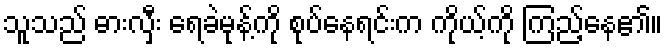
သူသည် ဓားလှီး ရေခဲမုန့်ကို စုပ်နေရင်းက ကိုယ့်ကို ကြည့်နေ၏။